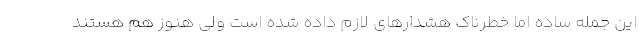
این جمله ساده اما خطرناک هشدارهای لازم داده شده است ولی هنوز هم هستند